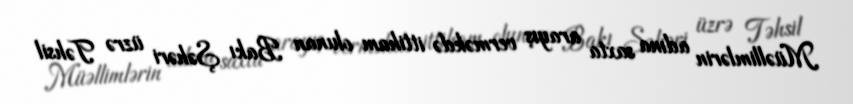
Müəllimlərin adına saxta arayış verməkdə ittiham olunan Bakı Şəhəri üzrə Təhsil